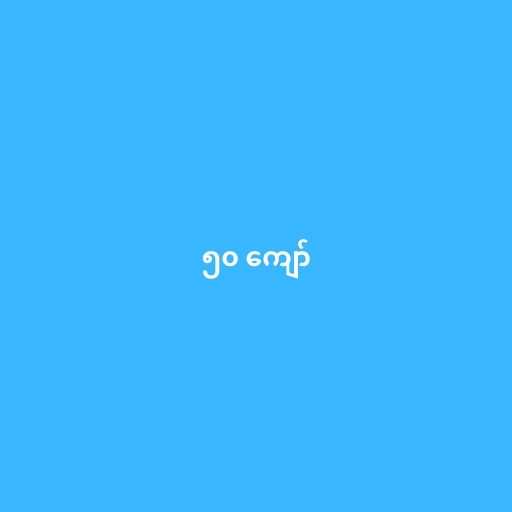
၅၀ ကျော်